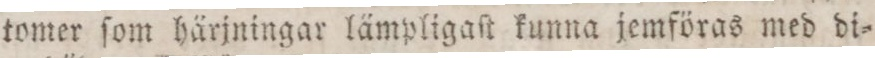
tomer ſom härjningar lämpligaſt kunna jemföras med di=